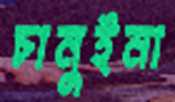
চানুইনা